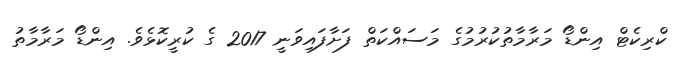
ކްރިކެޓް އިންޑޯ މަރާމާތުކުރުމުގެ މަސައްކަތް ފަށާފައިވަނީ 2017 ގެ ކުރީކޮޅެވެ. އިންޑޯ މަރާމާތު